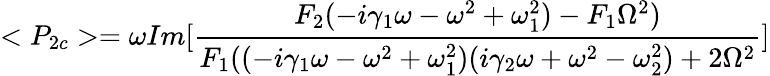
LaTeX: <P_{2c}>=\omega Im[\frac{F_{2}(-i\gamma_{1}\omega-\omega^{2}+\omega_{1}^{2})-F_{1}\Omega^{2})}{F_{1}((-i\gamma_{1}\omega-\omega^{2}+\omega_{1}^{2})(i\gamma_{2}\omega+\omega^{2}-\omega_{2}^{2})+2\Omega^{2}}]